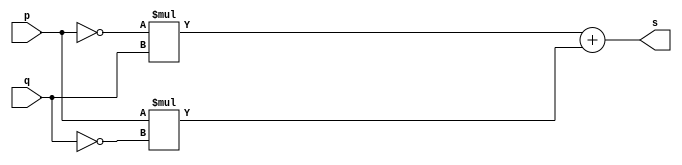
// ------------------------- 
// Exerccio0006 - XOR 
// Nome: Joo Henrique Mendes de Oliveira 
// -------------------------

// ------------------------- 
// -- xor gate 
// ------------------------- 
 module xorgate ( output s, input p, q); 
	assign s = ~p * q + p * ~q; 
 endmodule // xorgate
 
// --------------------- 
// -- test xor gate
// --------------------- 
 module testxorgate; 
// ------------------------- dados locais 
	reg a, b; // definir registradores 
	wire s; // definir conexao (fio) 
// ------------------------- instancia 
	xorgate XOR1 (s, a, b); 
// ------------------------- preparacao 
	initial begin:start 
			// atribuicao simultanea 
			// dos valores iniciais 
		a = 0; b = 0; 
 end
  
// ------------------------- parte principal 
	initial begin 
		$display("Exerccio0006 - Joo Henrique Mendes de Oliveira - 392734"); 
		$display("Test XOR gate"); 
		$display("\n\t\t  time\t ~p * q + p * ~q = s\n"); 
		a = 0; b = 0; 
		$monitor("%d\t ~%b * %b + %b * ~%b = %b", $time, a, b, a, b, s);
		#1 a = 0; b = 1;
		#1 a = 1; b = 0;
		#1 a = 1; b = 1;
	 
	end 
	
 endmodule // testxorgate